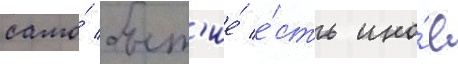
само́ быт'ие́ е́сть ино́е